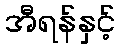
အီရန်နှင့်